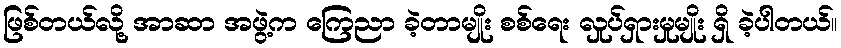
ဖြစ်တယ်လို့ အာဆာ အဖွဲ့က ကြေညာ ခဲ့တာမျိုး စစ်ရေး လှုပ်ရှားမှုမျိုး ရှိ ခဲ့ပါတယ်။